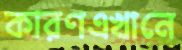
কারণএখানে